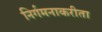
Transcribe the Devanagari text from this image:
निर्गमनाकरीता